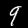
Digit: 9